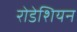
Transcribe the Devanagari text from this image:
रोडेशियन